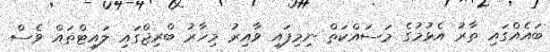
ބައެއްގައި ތާރު އެޅުމުގެ މަސައްކަތް ނިމިފައި ވާއިރު މިހާރު ބްރިޖްގައި ލައިޓްތައް ވެސް